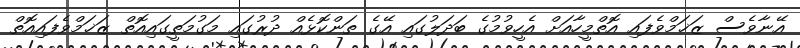
އޭނާވެސް ޒަޚަމްވެފައި އޮތްމީހާއަށް އެހީވުމުގެ ބަދަލުގައި އޭގެ ތަންކޮޅެއް ދުރުގައި މަގުމަތީގައިއޮތް ޒަޚަމްވެފައިއޮތް